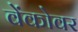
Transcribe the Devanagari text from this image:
वेंकोवर